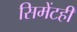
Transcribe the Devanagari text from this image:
सिमेंटही